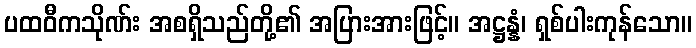
ပထဝီကသိုဏ်း အစရှိသည်တို့၏ အပြားအားဖြင့်။ အဋ္ဌန္နံ၊ ရှစ်ပါးကုန်သော။